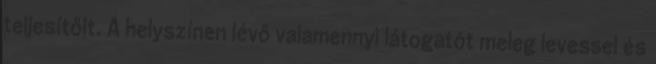
teljesítőit. A helyszínen lévő valamennyi látogatót meleg levessel és